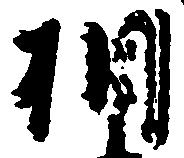
相